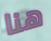
هنا